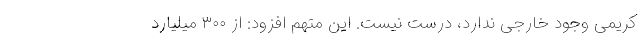
کریمی وجود خارجی ندارد، درست نیست. این متهم افزود: از ۳۰۰ میلیارد